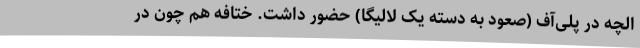
الچه در پلی‌آف (صعود به دسته یک لالیگا) حضور داشت. ختافه هم چون در